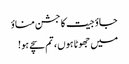
جاؤ جیت کا جشن مناؤ
میں جھوٹا ہوں ، تم سچے ہو!